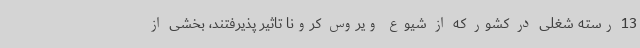
13 رسته شغلی در کشور که از شیوع ویروس کرونا تاثیر پذیرفتند، بخشی از